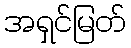
အရှင်မြတ်